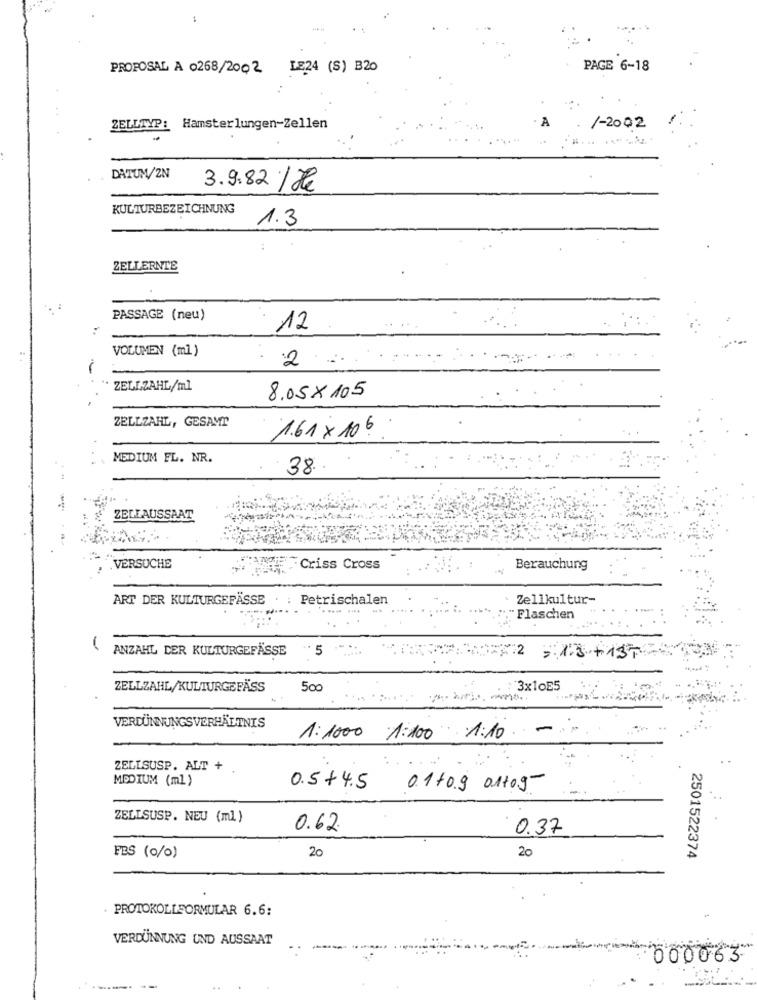
PROPOSAL A 0268/2002 LE24 (S) B20
PAGE 6-18
ZELLTYP: Hamsterlungen-Zellen
/-2002
DATUM/2N
3.9.82 / H
KULTURBEZEICHNUNG
1.3
ZELLERNTE
PASSAGE (neu)
12
VOLUMEN (ml )
2
ZELLZAHL/ml
8.05x 105
ZELLZAHL, GESAMT
1.61 ×106
MEDIUM FL. NR.
38 ..
ZELLAUSSAAT
VERSUCHE
Criss Cross
Berauchung
ART DER KULTURGEFÄSSE
Petrischalen
Zellkultur-
-----
"Flaschen
(
ANZAHL DER KULTURGEFÄSSE
5
:: 1.3+13T
ZELLZAHL/KULTURGEFÄSS
500
3x10E5
---
VERDÜNNUNGSVERHÄLTNIS
1: 1000 1:100 1:10
ZELLSUSP. ALT +
MEDIUM (ml)
0.5+4.5 01/09 01109
ZELLSUSP. NEU (ml)
0.62
0,37
FES (0/0)
20
20
2501522374
. PROTOKOLLFORMULAR 6.6:
VERDÜNNUNG UND AUSSAAT
000063